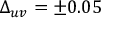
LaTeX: \Delta _ { u v } = \pm 0 . 0 5